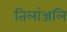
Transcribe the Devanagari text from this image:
तिलांञ्जलि